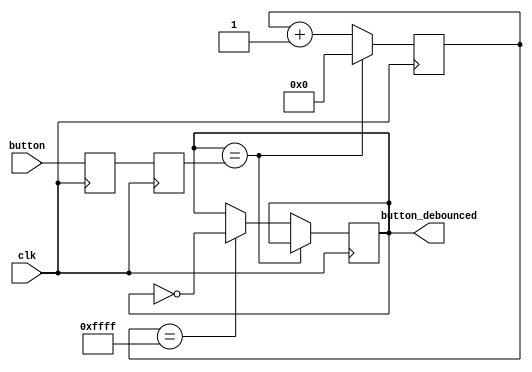
module debouncer(
	input clk, 
	input button,  
 	output reg button_debounced 
);

reg button_sync_0;
always @(posedge clk) button_sync_0 <= button; 
reg button_sync_1;
always @(posedge clk) button_sync_1 <= button_sync_0;

// Debounce the switch
reg [15:0] button_cnt;
always @(posedge clk)
if(button_debounced==button_sync_1)
	button_cnt <= 0;
else
begin
	button_cnt <= button_cnt + 1'b1;  
	if(button_cnt == 16'hffff) button_debounced <= ~button_debounced;  
end
endmodule